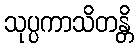
သုပ္ပကာသိတန္တိ